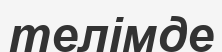
телімде